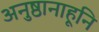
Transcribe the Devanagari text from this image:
अनुष्ठानाहूनि